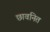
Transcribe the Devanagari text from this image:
छावनित